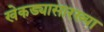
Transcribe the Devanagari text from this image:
खेकड्यासारख्या